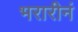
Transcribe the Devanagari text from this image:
भरारीनं